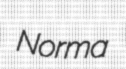
Norma